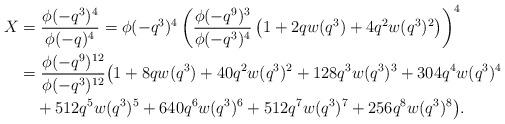
LaTeX: \begin{align*}X&=\frac{\phi(-q^3)^4}{\phi(-q)^4}=\phi(-q^3)^4\left(\frac{\phi(-q^9)^3}{\phi(-q^3)^4}\left(1+2qw(q^3)+4q^2 w(q^3)^2\right)\right)^4\\&=\frac{\phi(-q^9)^{12}}{\phi(-q^3)^{12}}\big(1 + 8 q w(q^3) + 40 q^2 w(q^3)^2 + 128 q^3 w(q^3)^3 + 304 q^4 w(q^3)^4\\&\quad+ 512 q^5 w(q^3)^5 + 640 q^6 w(q^3)^6 + 512 q^7 w(q^3)^7 + 256 q^8 w(q^3)^8\big).\end{align*}